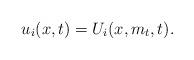
LaTeX: \begin{align*}u_{i}(x,t)=U_{i}(x,m_{t},t).\end{align*}